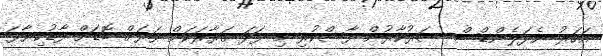
އަހަރު ނެދަލެންޑްސް ސަރުކާރުން ފާސްކުރި މި ފަދަ ގަރާރަކަށް ވަރަށް ބޮޑަށް ފާޑުކިޔާފަ